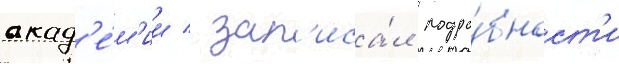
акад'е́м'ии / зап'иса́л подро́бност'и